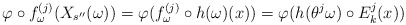
\begin{align*}\varphi \circ f_{\omega} ^{(j)} (X_{s^{\prime \prime}}(\omega)) =\varphi ( f_{\omega} ^{(j)} \circ h(\omega) (x)) =\varphi ( h(\theta ^j \omega) \circ E_k^j (x))\end{align*}